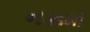
નકામો